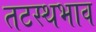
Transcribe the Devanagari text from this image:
तटस्थभाव